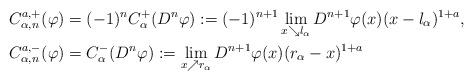
LaTeX: \begin{align*}C_{\alpha,n}^{a,+}(\varphi) &=(-1)^{n}C_{\alpha}^+(D^n\varphi):=(-1)^{n+1}\lim_{x\searrow l_\alpha}D^{n+1}\varphi(x)(x-l_\alpha)^{1+a},\\C_{\alpha,n}^{a,-}(\varphi) &=C_{\alpha}^-(D^n\varphi):=\lim_{x\nearrow r_\alpha}D^{n+1} \varphi(x)(r_\alpha-x)^{1+a}\end{align*}